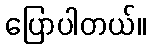
ပြောပါတယ်။